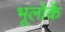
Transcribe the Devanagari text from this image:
भूलोर्के